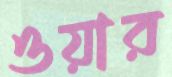
ওয়ার